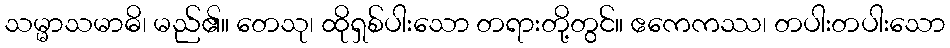
သမ္မာသမာဓိ၊ မည်၏။ တေသု၊ ထိုရှစ်ပါးသော တရားတို့တွင်။ ဧကေကဿ၊ တပါးတပါးသော